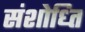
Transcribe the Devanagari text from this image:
संशोध्ति